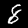
Label: 8